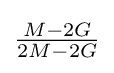
{\tfrac {M-2G}{2M-2G}}